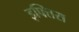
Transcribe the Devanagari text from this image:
इफ्तिरा